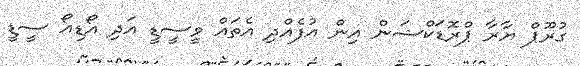
ގުރޫޕް ޔާރާ ޕްރޮޑަކްޝަން އިން އުފެއްދި އެތައް ވީސީޑީ އަދި އޯޑިއޯ ސީޑީ